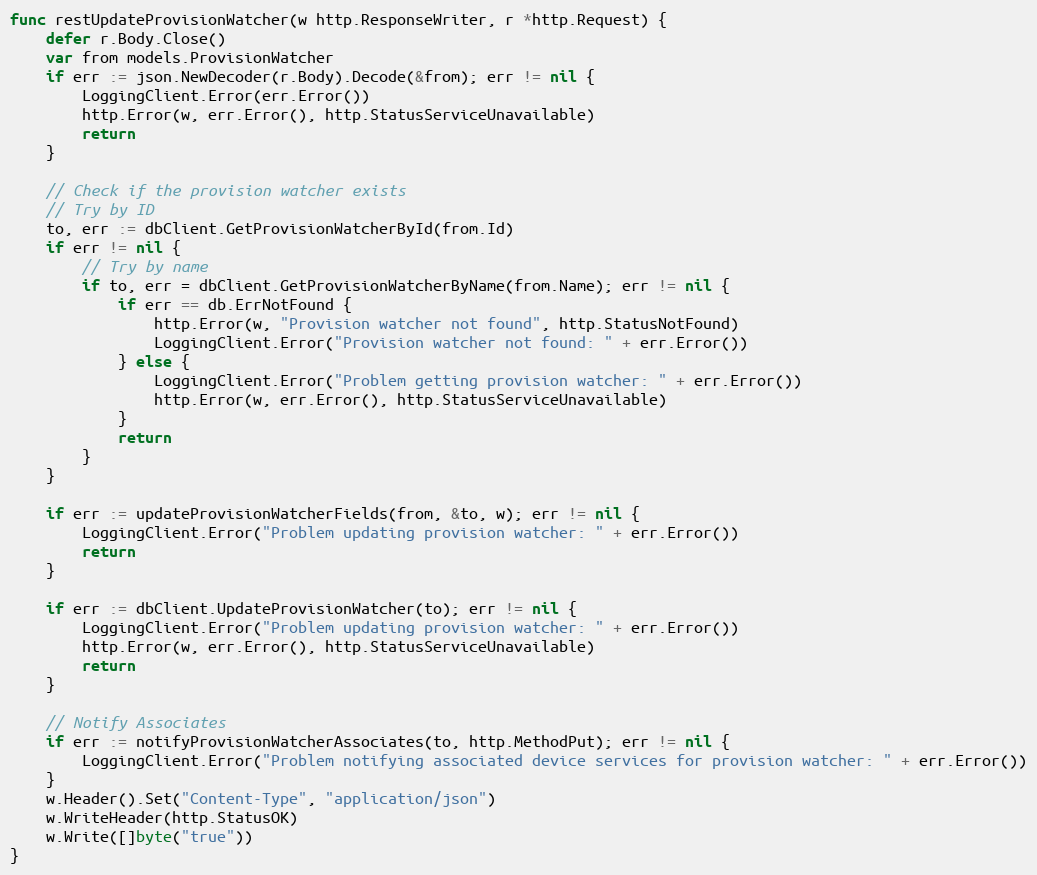
Language: Go
func restUpdateProvisionWatcher(w http.ResponseWriter, r *http.Request) {
	defer r.Body.Close()
	var from models.ProvisionWatcher
	if err := json.NewDecoder(r.Body).Decode(&from); err != nil {
		LoggingClient.Error(err.Error())
		http.Error(w, err.Error(), http.StatusServiceUnavailable)
		return
	}

	// Check if the provision watcher exists
	// Try by ID
	to, err := dbClient.GetProvisionWatcherById(from.Id)
	if err != nil {
		// Try by name
		if to, err = dbClient.GetProvisionWatcherByName(from.Name); err != nil {
			if err == db.ErrNotFound {
				http.Error(w, "Provision watcher not found", http.StatusNotFound)
				LoggingClient.Error("Provision watcher not found: " + err.Error())
			} else {
				LoggingClient.Error("Problem getting provision watcher: " + err.Error())
				http.Error(w, err.Error(), http.StatusServiceUnavailable)
			}
			return
		}
	}

	if err := updateProvisionWatcherFields(from, &to, w); err != nil {
		LoggingClient.Error("Problem updating provision watcher: " + err.Error())
		return
	}

	if err := dbClient.UpdateProvisionWatcher(to); err != nil {
		LoggingClient.Error("Problem updating provision watcher: " + err.Error())
		http.Error(w, err.Error(), http.StatusServiceUnavailable)
		return
	}

	// Notify Associates
	if err := notifyProvisionWatcherAssociates(to, http.MethodPut); err != nil {
		LoggingClient.Error("Problem notifying associated device services for provision watcher: " + err.Error())
	}
	w.Header().Set("Content-Type", "application/json")
	w.WriteHeader(http.StatusOK)
	w.Write([]byte("true"))
}